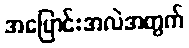
အပြောင်းအလဲအတွက်